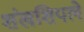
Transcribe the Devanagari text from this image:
शंखशिपले